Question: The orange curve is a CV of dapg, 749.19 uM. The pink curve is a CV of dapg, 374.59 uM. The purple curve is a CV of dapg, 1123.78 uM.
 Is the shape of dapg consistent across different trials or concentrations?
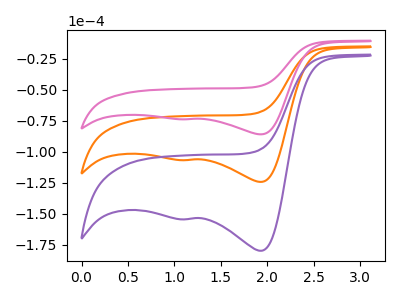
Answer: <think>The orange curve "dapg, 749.19 uM" has cathodic peaks at (1.95V, -124.35uA) (1.15V, -106.75uA). The pink curve "dapg, 374.59 uM" has cathodic peaks at (1.95V, -85.95uA) (1.15V, -73.75uA). The purple curve "dapg, 1123.78 uM" has cathodic peaks at (1.95V, -248.70uA) (1.15V, -213.50uA).
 All the peaks in "dapg, 749.19 uM" have a peak in "dapg, 374.59 uM" at the same potential. Every peak in "dapg, 749.19 uM" is higher than every peak in "dapg, 374.59 uM". All the peaks in "dapg, 749.19 uM" have a peak in "dapg, 1123.78 uM" at the same potential. Every peak in "dapg, 749.19 uM" is lower than every peak in "dapg, 1123.78 uM". All the peaks in "dapg, 374.59 uM" have a peak in "dapg, 1123.78 uM" at the same potential. Every peak in "dapg, 374.59 uM" is lower than every peak in "dapg, 1123.78 uM".</think>
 <answer>All the CV's of "dapg" have similar shape.</answer>
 <eval>follow_rule</eval>